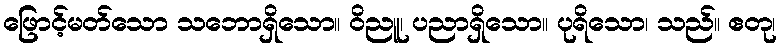
ဖြောင့်မတ်သော သဘောရှိသော။ ဝိညူ၊ ပညာရှိသော။ ပုရိသော၊ သည်။ ဧတု၊